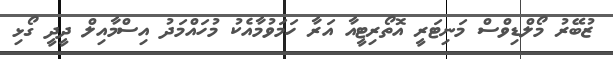
ޒުބޭރު މޯލްޑިވްސް މަނިޓަރީ އޮތޯރިޓީއާ އަރާ ހަމަވުމާއެކު މުހައްމަދު އިސްމާއިލް ދީދީ ގޯޅި